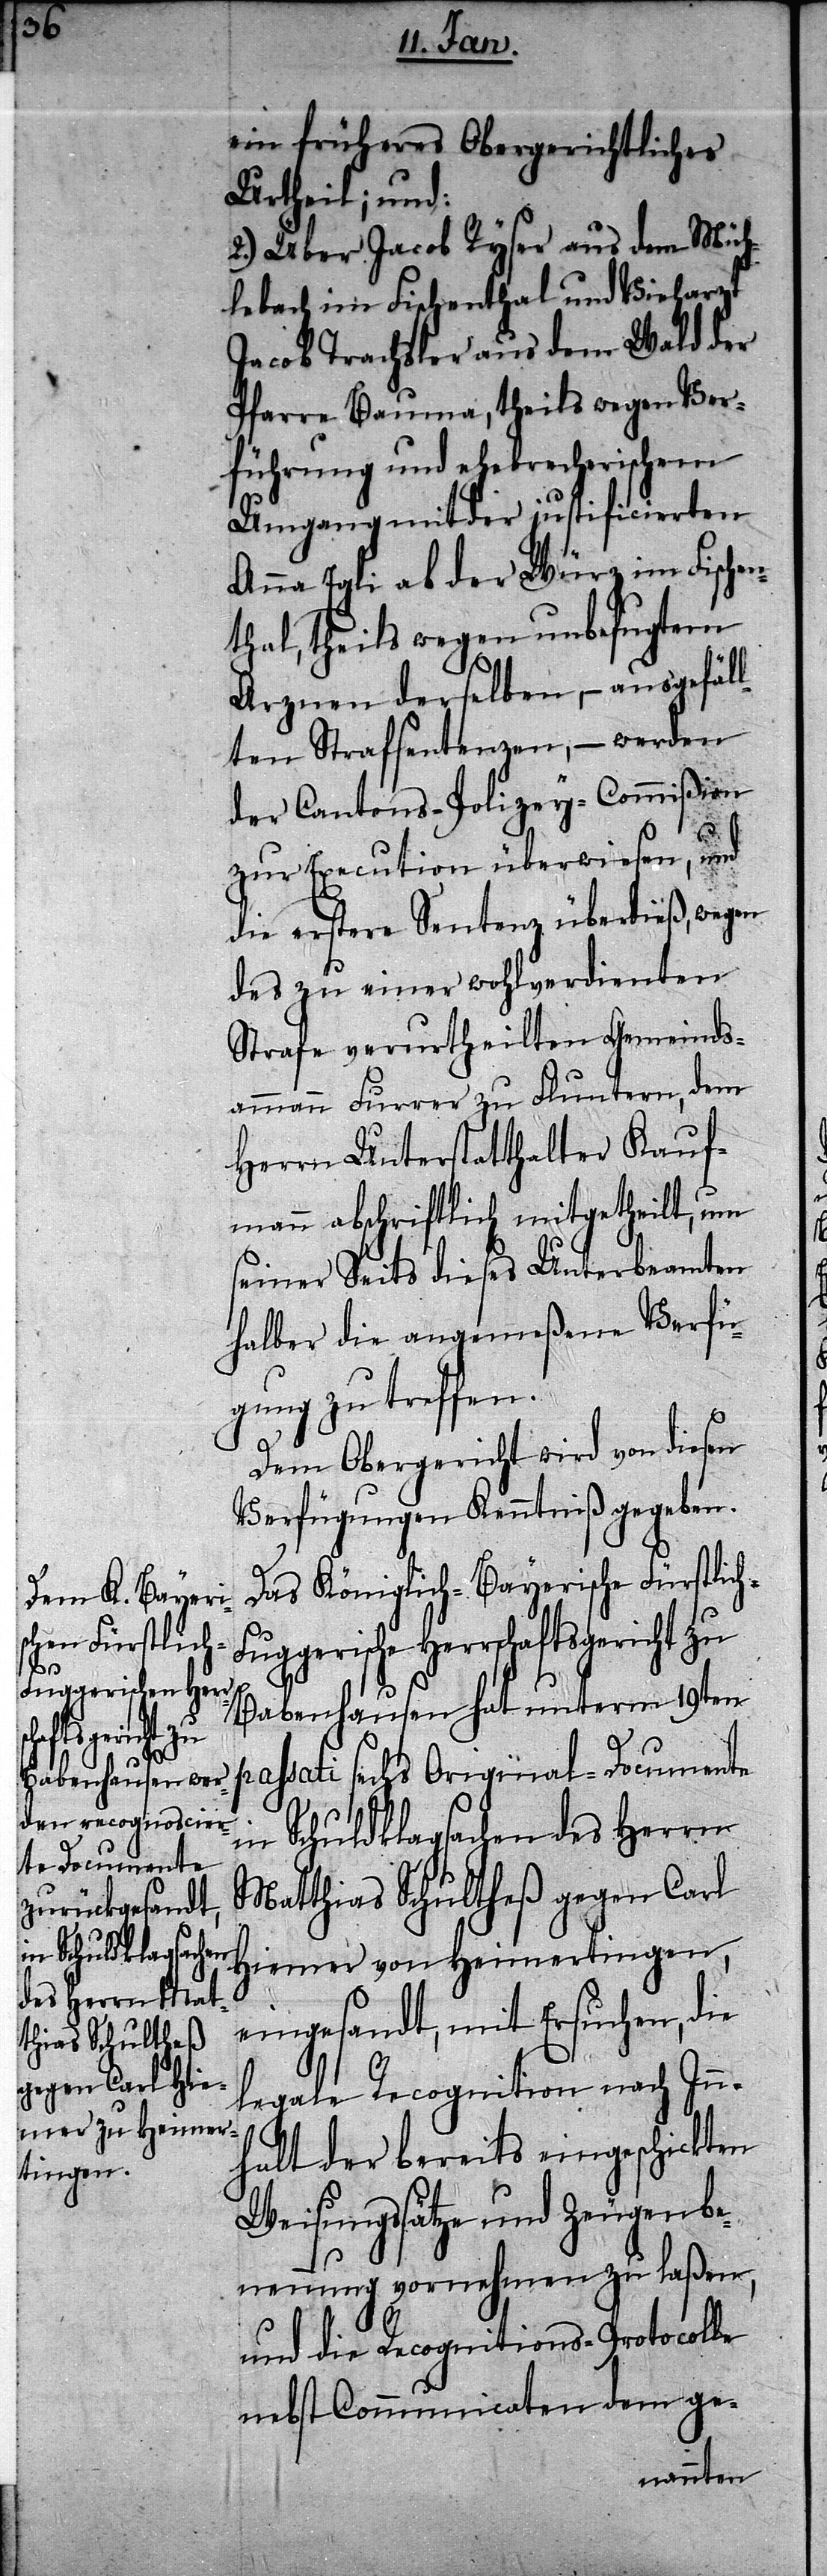
h-F¬
in Schuldklagsachen
des Herrn Mat¬
thias Schultheß
gegen Carl Hi¬

ein früheres Obergerichtliches
Urtheil; und:
2.) Über Jacob Ryser aus dem Müh¬
lebach im Fischenthal und Vieharzt
Jacob Trachsler aus dem Wald der
Pfarre Bauma, theils wegen Ver¬
führung und ehebrecherischem
Umgang mit der justificierten
Anna Egli ab der Würz im Fischen¬
thal, theils wegen unbefugtem
Arznen derselben, – ausgefäl¬
lten Strafsentenzen, – werden
der Cantons-Polizey-Commißion
zur Execution überwiesen, und
die erstere Sentenz überdieß, wegen
des zu einer wohlverdienten
Strafe verurtheilten Gemeinds¬
ammann Furrer zu Fluntern, dem
Herrn Unterstatthalter Kauf¬
mann abschriftlich mitgetheilt, um
seiner Seits dieses Unterbeamten
halber die angemeßene Verfü¬
gung zu treffen.
Dem Obergericht wird von diesen
Verfügungen Kenntniß gegeben.
Das Königlich-Bayerische Fürstlic¬
uggerische Herrschaftsgericht zu
Babenhausen hat unterm 19ten
passati sechs Original-Documente
emer von Heimertingen,
eingesandt, mit Ersuchen, die
legale Recognition nach Inn¬
halt der bereits eingeschickten
Weisungssätze und Zeugenbe¬
nennung vornehmen zu laßen,
und die Recognitions-Protocolle
nebst Communicaten dem ge-